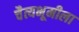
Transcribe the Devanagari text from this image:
चैत्यभूमीला